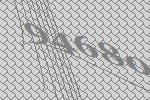
94680